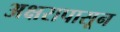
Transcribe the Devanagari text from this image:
अक्षरापासून